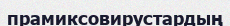
прамиксовирустардың